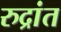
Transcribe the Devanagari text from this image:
रुद्रांत